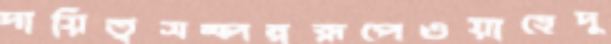
দায়িত্বসম্পন্নরূপেওয়াহেদু